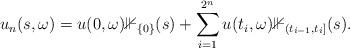
LaTeX: \begin{align*} u_n(s,\omega) = u(0,\omega) \mathbb 1_{\{0\}}(s) + \sum_{i=1}^{2^n} u(t_i,\omega) \mathbb 1_{(t_{i-1},t_i]}(s).\end{align*}